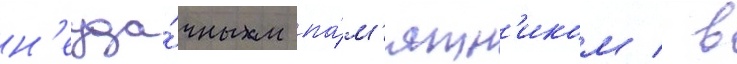
н'еуда́чным па́м'ятн'иком / в